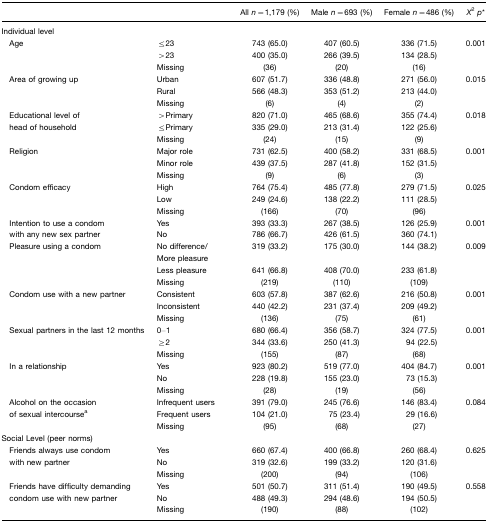
<table><thead><tr><td></td><td></td><td><b>All <i>n</i>=1,179 (%)</b></td><td><b>Male <i>n</i>=693 (%)</b></td><td><b>Female <i>n</i>=486 (%)</b></td><td><b><i>X</i><sup>2</sup><i>p</i>*</b></td></tr></thead><tbody><tr><td colspan="6">Individual level</td></tr><tr><td> Age</td><td>≤23</td><td>743 (65.0)</td><td>407 (60.5)</td><td>336 (71.5)</td><td>0.001</td></tr><tr><td></td><td>&gt;23</td><td>400 (35.0)</td><td>266 (39.5)</td><td>134 (28.5)</td><td></td></tr><tr><td></td><td>Missing</td><td>(36)</td><td>(20)</td><td>(16)</td><td></td></tr><tr><td> Area of growing up</td><td>Urban</td><td>607 (51.7)</td><td>336 (48.8)</td><td>271 (56.0)</td><td>0.015</td></tr><tr><td></td><td>Rural</td><td>566 (48.3)</td><td>353 (51.2)</td><td>213 (44.0)</td><td></td></tr><tr><td></td><td>Missing</td><td>(6)</td><td>(4)</td><td>(2)</td><td></td></tr><tr><td> Educational level of</td><td>&gt;Primary</td><td>820 (71.0)</td><td>465 (68.6)</td><td>355 (74.4)</td><td>0.018</td></tr><tr><td> head of household</td><td>≤Primary</td><td>335 (29.0)</td><td>213 (31.4)</td><td>122 (25.6)</td><td></td></tr><tr><td></td><td>Missing</td><td>(24)</td><td>(15)</td><td>(9)</td><td></td></tr><tr><td> Religion</td><td>Major role</td><td>731 (62.5)</td><td>400 (58.2)</td><td>331 (68.5)</td><td>0.001</td></tr><tr><td></td><td>Minor role</td><td>439 (37.5)</td><td>287 (41.8)</td><td>152 (31.5)</td><td></td></tr><tr><td></td><td>Missing</td><td>(9)</td><td>(6)</td><td>(3)</td><td></td></tr><tr><td> Condom efficacy</td><td>High</td><td>764 (75.4)</td><td>485 (77.8)</td><td>279 (71.5)</td><td>0.025</td></tr><tr><td></td><td>Low</td><td>249 (24.6)</td><td>138 (22.2)</td><td>111 (28.5)</td><td></td></tr><tr><td></td><td>Missing</td><td>(166)</td><td>(70)</td><td>(96)</td><td></td></tr><tr><td> Intention to use a condom</td><td>Yes</td><td>393 (33.3)</td><td>267 (38.5)</td><td>126 (25.9)</td><td>0.001</td></tr><tr><td> with any new sex partner</td><td>No</td><td>786 (66.7)</td><td>426 (61.5)</td><td>360 (74.1)</td><td></td></tr><tr><td> Pleasure using a condom</td><td>No difference/More pleasure</td><td>319 (33.2)</td><td>175 (30.0)</td><td>144 (38.2)</td><td>0.009</td></tr><tr><td></td><td>Less pleasure</td><td>641 (66.8)</td><td>408 (70.0)</td><td>233 (61.8)</td><td></td></tr><tr><td></td><td>Missing</td><td>(219)</td><td>(110)</td><td>(109)</td><td></td></tr><tr><td> Condom use with a new partner</td><td>Consistent</td><td>603 (57.8)</td><td>387 (62.6)</td><td>216 (50.8)</td><td>0.001</td></tr><tr><td></td><td>Inconsistent</td><td>440 (42.2)</td><td>231 (37.4)</td><td>209 (49.2)</td><td></td></tr><tr><td></td><td>Missing</td><td>(136)</td><td>(75)</td><td>(61)</td><td></td></tr><tr><td> Sexual partners in the last 12 months</td><td>0–1</td><td>680 (66.4)</td><td>356 (58.7)</td><td>324 (77.5)</td><td>0.001</td></tr><tr><td></td><td>≥2</td><td>344 (33.6)</td><td>250 (41.3)</td><td>94 (22.5)</td><td></td></tr><tr><td></td><td>Missing</td><td>(155)</td><td>(87)</td><td>(68)</td><td></td></tr><tr><td> In a relationship</td><td>Yes</td><td>923 (80.2)</td><td>519 (77.0)</td><td>404 (84.7)</td><td>0.001</td></tr><tr><td></td><td>No</td><td>228 (19.8)</td><td>155 (23.0)</td><td>73 (15.3)</td><td></td></tr><tr><td></td><td>Missing</td><td>(28)</td><td>(19)</td><td>(56)</td><td></td></tr><tr><td> Alcohol on the occasion</td><td>Infrequent users</td><td>391 (79.0)</td><td>245 (76.6)</td><td>146 (83.4)</td><td>0.084</td></tr><tr><td> of sexual intercoursea</td><td>Frequent users</td><td>104 (21.0)</td><td>75 (23.4)</td><td>29 (16.6)</td><td></td></tr><tr><td></td><td>Missing</td><td>(95)</td><td>(68)</td><td>(27)</td><td></td></tr><tr><td colspan="6">Social Level (peer norms)</td></tr><tr><td> Friends always use condom</td><td>Yes</td><td>660 (67.4)</td><td>400 (66.8)</td><td>260 (68.4)</td><td>0.625</td></tr><tr><td> with new partner</td><td>No</td><td>319 (32.6)</td><td>199 (33.2)</td><td>120 (31.6)</td><td></td></tr><tr><td></td><td>Missing</td><td>(200)</td><td>(94)</td><td>(106)</td><td></td></tr><tr><td> Friends have difficulty demanding</td><td>Yes</td><td>501 (50.7)</td><td>311 (51.4)</td><td>190 (49.5)</td><td>0.558</td></tr><tr><td> condom use with new partner</td><td>No</td><td>488 (49.3)</td><td>294 (48.6)</td><td>194 (50.5)</td><td></td></tr><tr><td></td><td>Missing</td><td>(190)</td><td>(88)</td><td>(102)</td><td></td></tr></tbody></table>